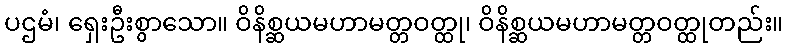
ပဌမံ၊ ရှေးဦးစွာသော။ ဝိနိစ္ဆယမဟာမတ္တဝတ္ထု၊ ဝိနိစ္ဆယမဟာမတ္တဝတ္ထုတည်း။